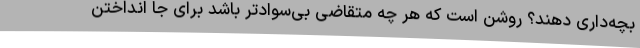
بچه‌داری دهند؟ روشن است که هر چه متقاضی بی‌سوادتر باشد برای جا انداختن